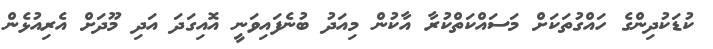
ކުޑަކުދިންގެ ހައްގުތަކަށް މަސައްކަތްކުރާ އާކުން މިއަދު ބުނެފައިވަނީ އޮއިގަދަ އަދި މޫދަށް އެރިއުޅެން